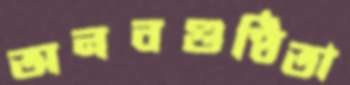
অনবগুণ্ঠিতা